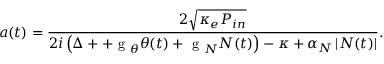
a ( t ) = \frac { 2 \sqrt { \kappa _ { e } P _ { i n } } } { 2 i \left( \Delta + + \mathrm { ~ g ~ } _ { \theta } \theta ( t ) + \mathrm { ~ g ~ } _ { N } N ( t ) \right) - \kappa + \alpha _ { N } \left| N ( t ) \right| } .